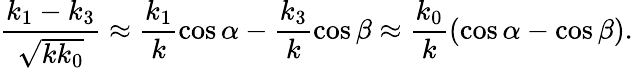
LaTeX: \frac{k_{1}-k_{3}}{\sqrt{kk_{0}}}\approx\frac{k_{1}}{k}\cos\alpha-\frac{k_{3}}{k}\cos\beta\approx\frac{k_{0}}{k}(\cos\alpha-\cos\beta).